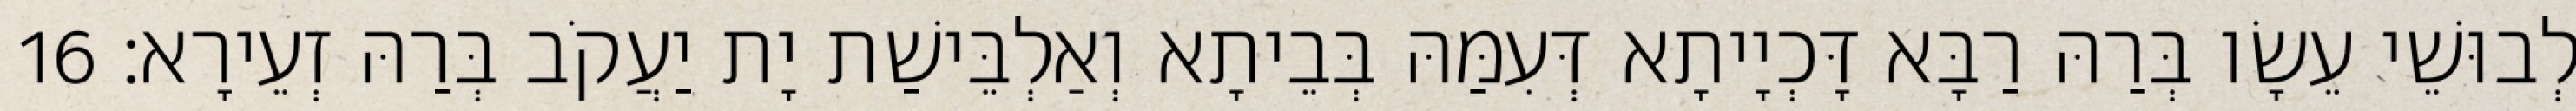
לְבוּשֵׁי עֵשָׂו בְּרַהּ רַבָּא דָּכְיָיתָא דְּעִמַּהּ בְּבֵיתָא וְאַלְבֵּישַׁת יָת יַעֲקֹב בְּרַהּ זְעֵירָא׃ 16